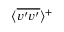
\textlangle \overline { { v ^ { \prime } v ^ { \prime } } } \textrangle ^ { + }